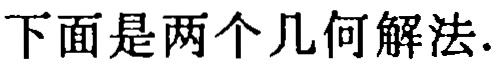
下面是两个几何解法.